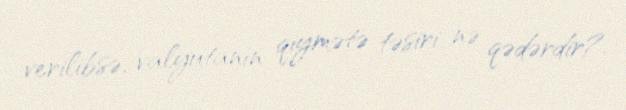
verilibsə, valyutanın qiymətə təsiri nə qədərdir?.